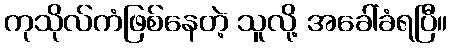
ကုသိုလ်ကံဖြစ်နေတဲ့ သူလို့ အခေါ်ခံရပြီ။